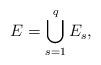
LaTeX: \begin{align*}E=\bigcup_{s=1}^q E_s,\end{align*}